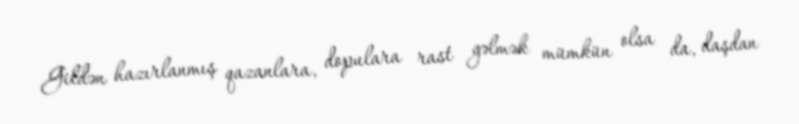
Gildən hazırlanmış qazanlara, dopulara rast gəlmək mümkün olsa da, daşdan